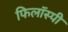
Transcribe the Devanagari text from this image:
फिलॉस्पी